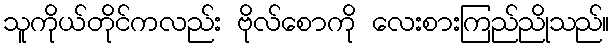
သူကိုယ်တိုင်ကလည်း ဗိုလ်စောကို လေးစားကြည်ညိုသည်။